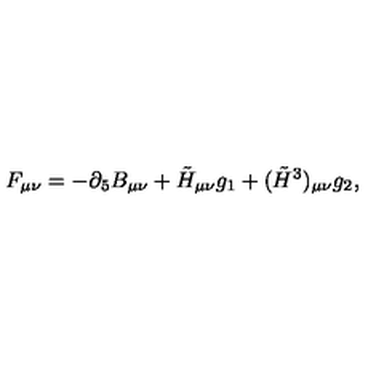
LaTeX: F _ { \mu \nu } = - \partial _ { 5 } B _ { \mu \nu } + \tilde { H } _ { \mu \nu } g _ { 1 } + ( \tilde { H } ^ { 3 } ) _ { \mu \nu } g _ { 2 } ,